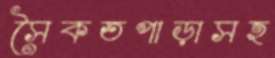
সৈকতপাড়াসহ